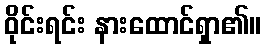
ဝိုင်းရင်း နားထောင်ရှာ၏။